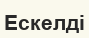
Ескелді